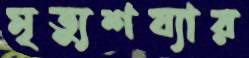
মৃত্যুশয্যার